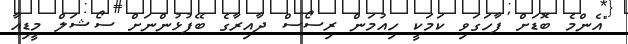
"އެންމެ ބޮޑަށް ފާހަގަވި ކަމަކީ ހިއުމަން ރިސޯސް ދާއިރާގެ ބޭފުޅުންނަށް ސޯޝަލް މީޑިއާ